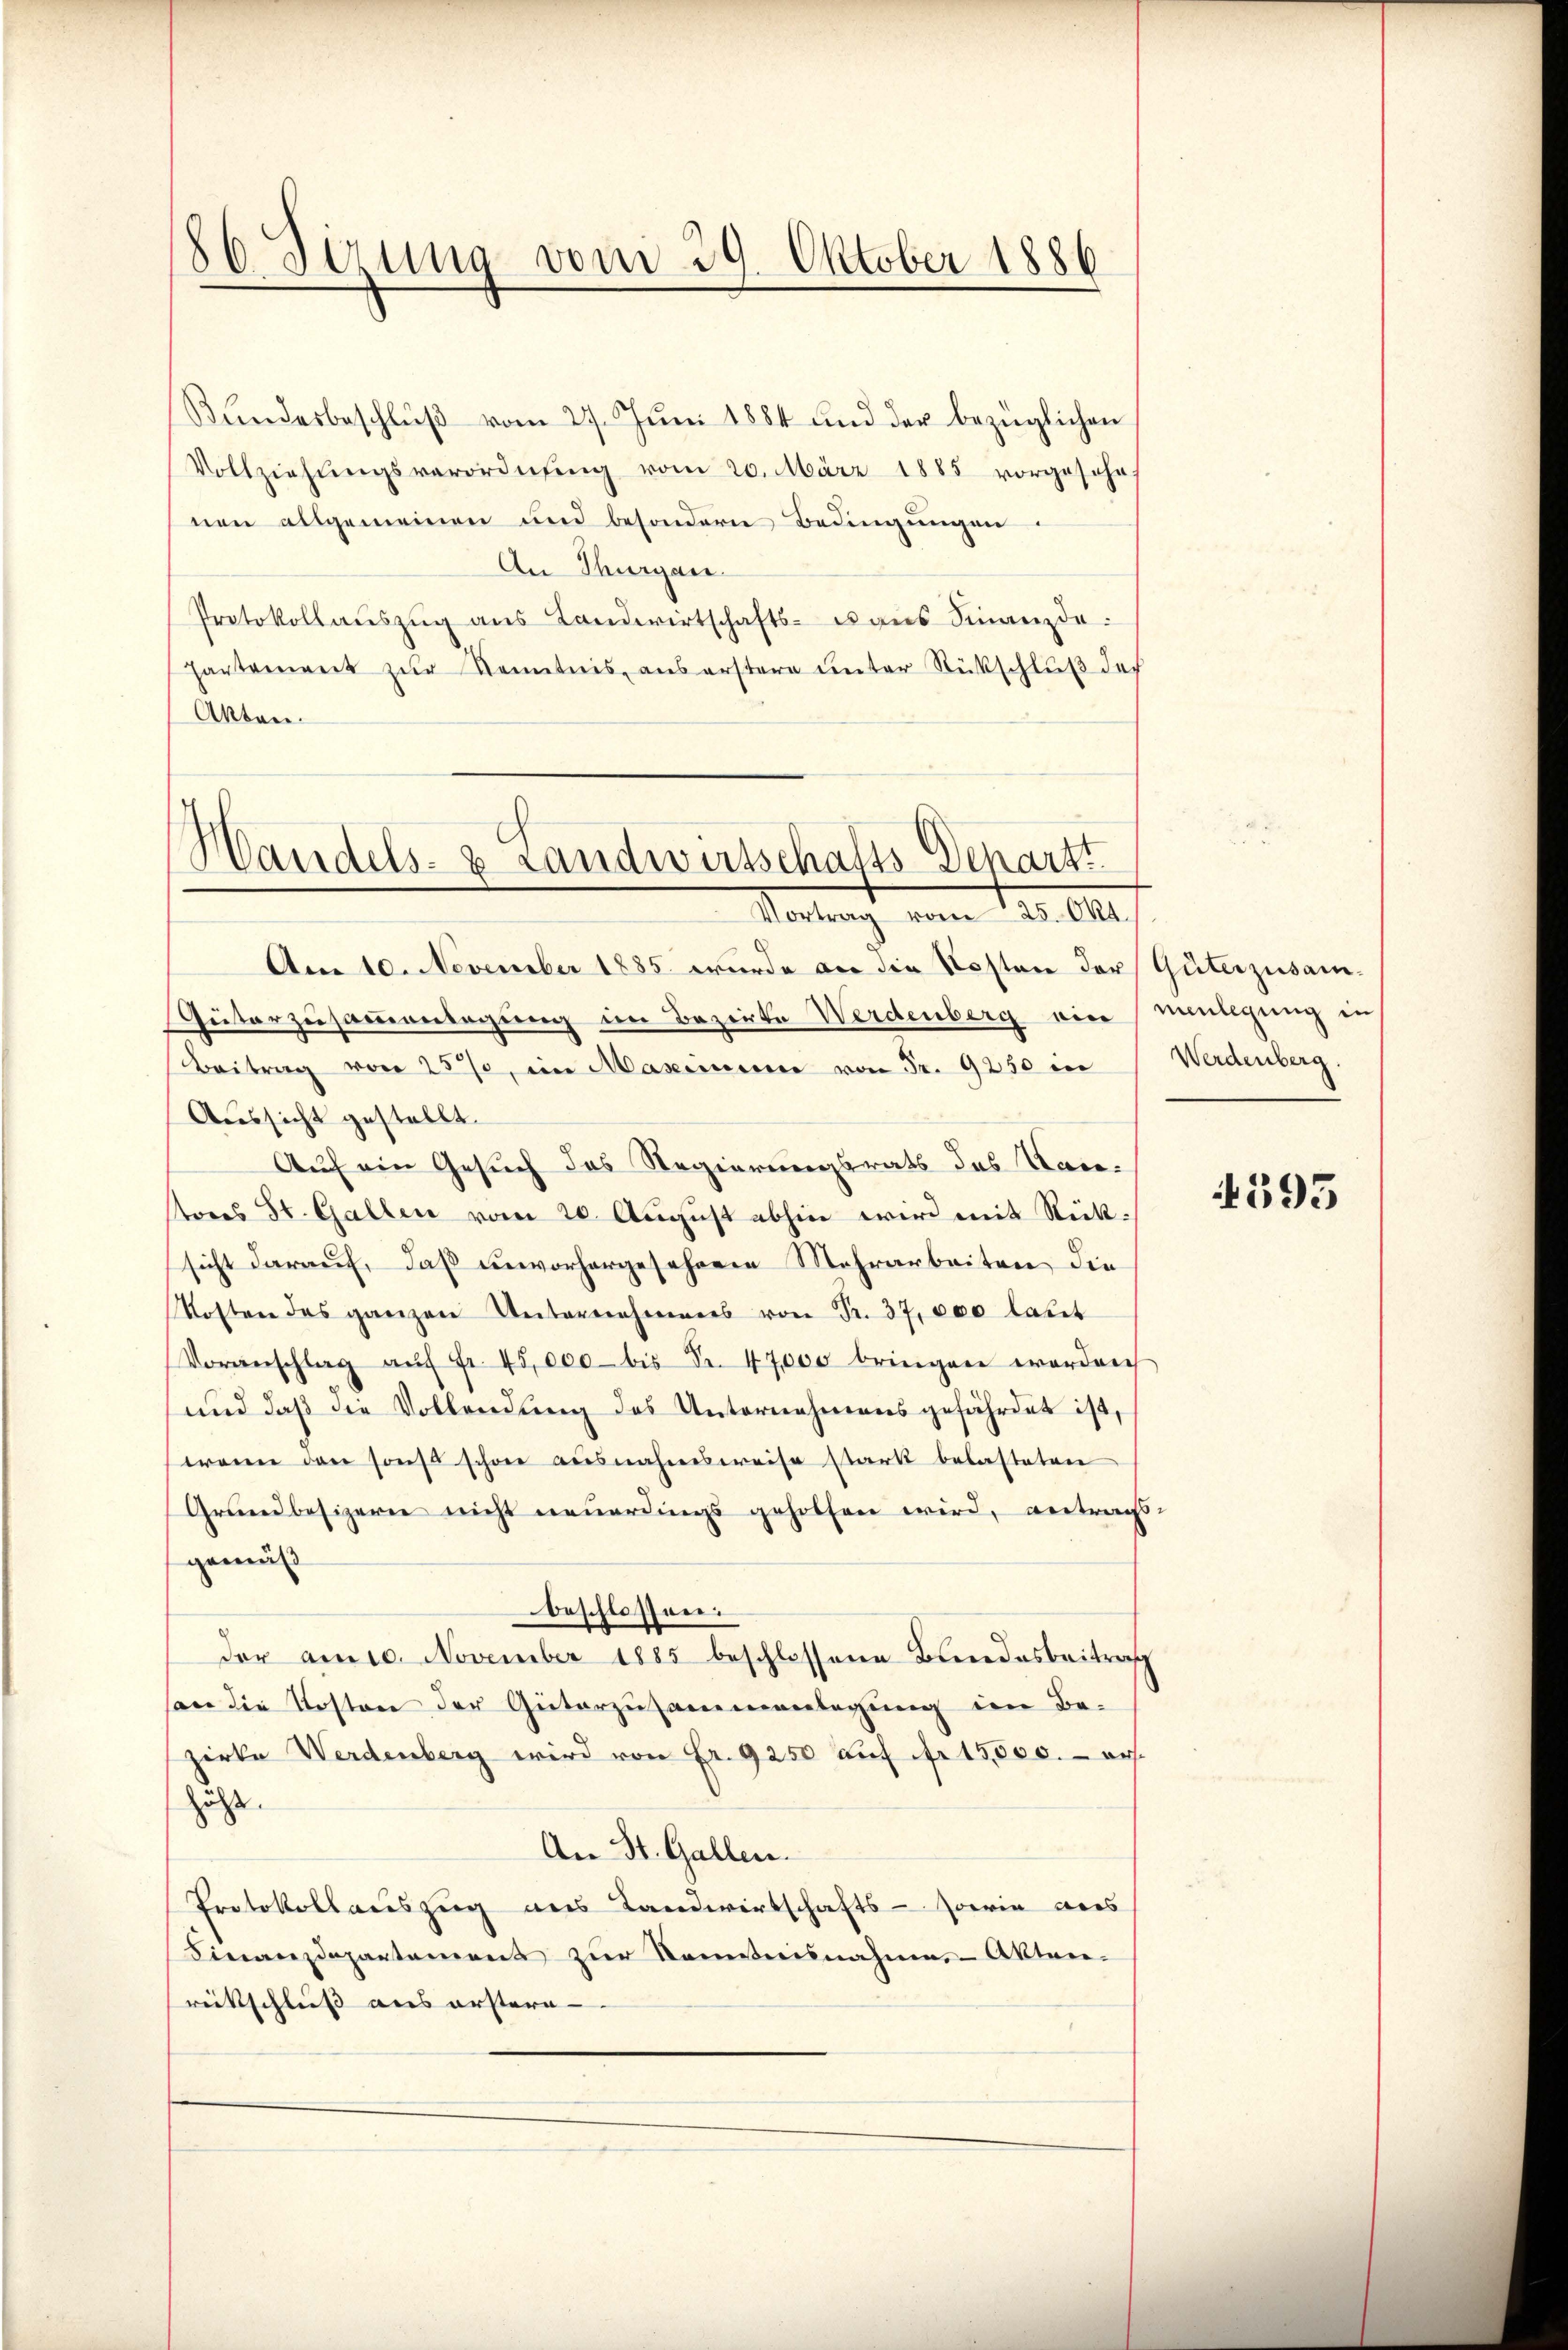
86. Dirung vom 29. Oktober 1886.

Bundesbeschluß vom 27. Juni 1884 und der bezüglichen
Vollziehŭngsverordnŭng vom 20. März 1885 vorgesehe
nen allgemeinen und besondern Bedingungen
An Thurgau.
Protokollaŭszŭg aŭs Landwirtschafts- u aŭs Finanzde
hartement zŭr Kenntnis aus erstere unter Rückschluß des
Akten.

Handels- & Landwirtschafts-Denarzt
Vortrag vom 12. 111.

Am 10. November 1885 wurde an die Kosten der Güterzusam-
Güterzusammenlegung im Bezirke Werdenberg ein menlegung in
Beitrag von 25%, im Maximum von Fr. 9250 in Werdenberg.
Aussicht gestellt.
Auf ein Gesuch des Regierungsrats des Kantons St. Gallen vom 20. August abhin wird mit Rücksicht darauf, daß unvorhergesehenen Mehrarbeiten die
Kosten das ganzen Unternehmens von Fr. 37,000 laut
Voranschlag aŭf Fr. 45,000 bis Fr. 47000 bringen worden
und daß die Vollendung des Unternehmens gefährdet ist,
wenn den sonst schon ausnahmsweise stark belasteten
Grundbesizern nicht neuerdings geholfen wird, antrags-
gemäß
beschlossen:
der am 10. November 1885 beschlossene Bundesbeitrag
son die Kosten der Güterzusammenlegung im Be-
zirke Werdenberg wird von Fr. 9250 auf fr. 15,500.- aus.
zugt.
An St. Gallen.
Protokollauszug aus Landwirtschafts-Jorie aus
Finanzdepartamens zŭr Komitnisnahmen Akten-
rüittschluß aus erstern

4595